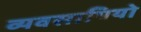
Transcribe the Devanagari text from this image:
व्यवसायियो